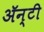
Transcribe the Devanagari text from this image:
ॲन्टी